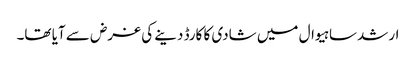
ارشد ساہیوال میں شادی کا کارڈ دینے کی غرض سے آیا تھا۔